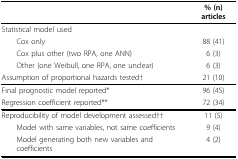
<table><thead><tr><td></td><td><b>% (n) articles</b></td></tr></thead><tbody><tr><td>Statistical model used</td><td></td></tr><tr><td> Cox only</td><td>88 (41)</td></tr><tr><td> Cox plus other (two RPA, one ANN)</td><td>6 (3)</td></tr><tr><td> Other (one Weibull, one RPA, one unclear)</td><td>6 (3)</td></tr><tr><td>Assumption of proportional hazards tested†</td><td>21 (10)</td></tr><tr><td>Final prognostic model reported*</td><td>96 (45)</td></tr><tr><td>Regression coefficient reported**</td><td>72 (34)</td></tr><tr><td>Reproducibility of model development assessed††</td><td>11 (5)</td></tr><tr><td> Model with same variables, not same coefficients</td><td>9 (4)</td></tr><tr><td> Model generating both new variables and coefficients</td><td>4 (2)</td></tr></tbody></table>